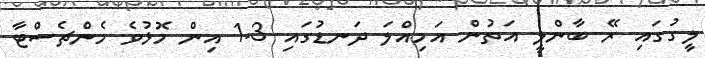
ލީގުގައި ރޭ ބާންލީ އަތުން އަމިއްލަ ދަނޑުގައި 3-1 އިން މޮޅުވެ މެންޗެސްޓާ